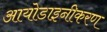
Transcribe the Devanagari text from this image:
आयोडाइनीकरण